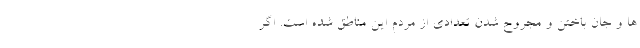
ها و جان باختن و مجروح شدن تعدادی از مردم این مناطق شده است. اگر